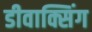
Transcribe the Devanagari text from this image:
डीवाक्सिंग